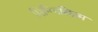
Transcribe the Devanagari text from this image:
मिनिमलिज़्म